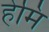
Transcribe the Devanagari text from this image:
हेमि